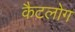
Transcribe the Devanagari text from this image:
कैटलोग